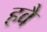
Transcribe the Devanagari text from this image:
हवै